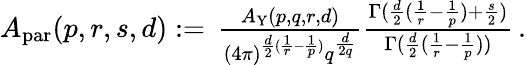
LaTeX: \begin{array}{r}{A_{\mathrm{par}}(p,r,s,d):=\, \frac{A_{\mathrm{Y}}(p,q,r,d)}{(4\pi)^{\frac{d}2(\frac 1r-\frac 1p)}q^{\frac{d}{2q}}}\frac{\Gamma(\frac{d}2(\frac 1r-\frac 1p)+\frac{s}2)}{\Gamma(\frac{d}2(\frac 1r-\frac 1p))}\, .}\end{array}